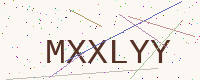
Text: MXXLYY